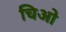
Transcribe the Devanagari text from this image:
चिओ